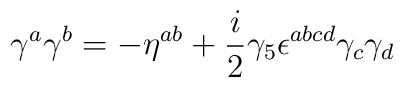
\gamma^a \gamma^b = - \eta^{ab} + {\frac{i }{2}} \gamma_5 \epsilon^{abcd}\gamma_c \gamma_d